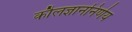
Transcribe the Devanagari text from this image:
कौलज्ञाननिर्णय